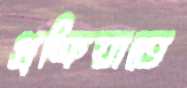
প্রক্রিয়াতে